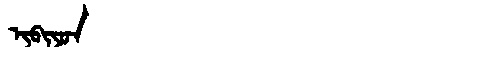
Manchu: ᡳᠪᡳᠶᠣᠨ
Romanization: IBIYON